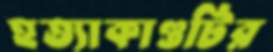
হত্যাকাণ্ডটির